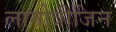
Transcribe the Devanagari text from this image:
लामोत्रीजिन